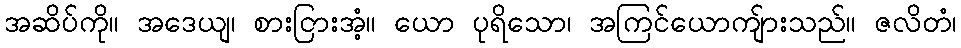
အဆိပ်ကို။ အဒေယျ၊ စားငြားအံ့။ ယော ပုရိသော၊ အကြင်ယောကျ်ားသည်။ ဇလိတံ၊